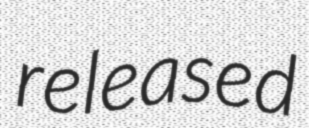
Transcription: released